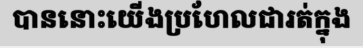
បាននោះយើងប្រហែលជារត់ក្នុង